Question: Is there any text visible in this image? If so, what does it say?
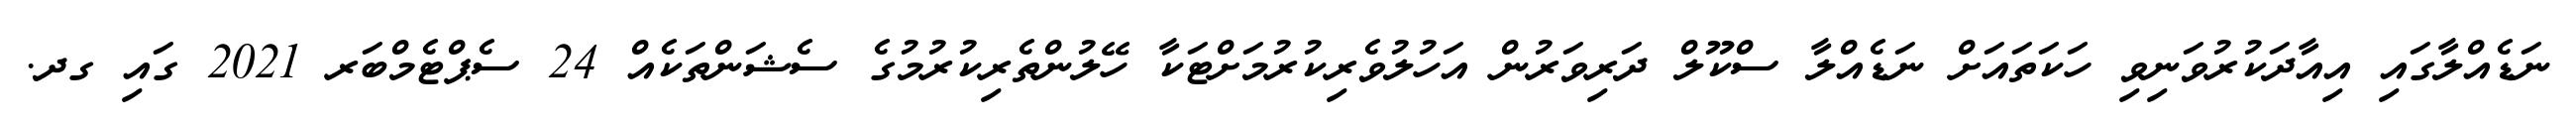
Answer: ނަޑެއްލާގައި އިއާދަކުރުވަނިވި ހަކަތައަށް ނަޑެއްލާ ސްކޫލް ދަރިވަރުން އަހުލުވެރިކުރުމަށްޓަކާ ހޭލުންތެރިކުރުމުގެ ސެޝަންތަކެއް 24 ސެޕްޓެމްބަރ 2021 ގައި ގދ.